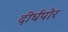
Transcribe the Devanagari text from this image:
दीर्घपोर